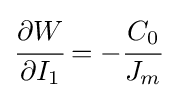
{\cfrac {\partial W}{\partial I_{1}}}=-{\cfrac {C_{0}}{J_{m}}}